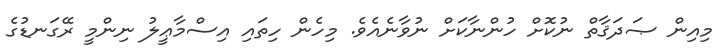
މިއިން ޞަދަޤާތް ނުކޮށް ހުންނާކަށް ނުވާނެއެވެ. މިހެން ހިތައި އިސްމާޢީލު ނިންމީ ރޭގަނޑުގެ